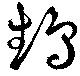
鵡